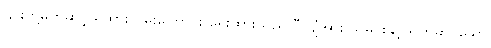
၎င်းတို့မှတဆင့် ရထားလမ်းကြောင်း ရေးထားသည် ဝီလျံအား သမိုင်းနှင့်သက်ဆိုင်သော